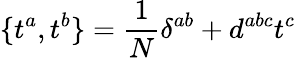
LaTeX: \{ t^{a},t^{b}\} ={\frac{1}{N}}\delta^{ab}+d^{abc}t^{c}